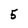
Character: 5